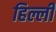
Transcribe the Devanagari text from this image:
हिल्ली